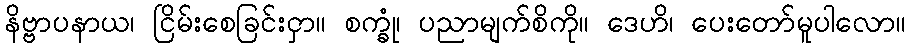
နိဗ္ဗာပနာယ၊ ငြိမ်းစေခြင်းငှာ။ စက္ခုံ၊ ပညာမျက်စိကို။ ဒေဟိ၊ ပေးတော်မူပါလော။